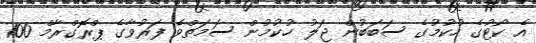
އެ ކޯޓުގެ ހުކުމުގެ ސަބަބުން ޖަލު ހުކުމުން ސަމަތްވެ ފަރުވާގެ ޕްރޮގްރާމް 100